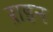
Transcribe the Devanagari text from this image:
ऱाइन